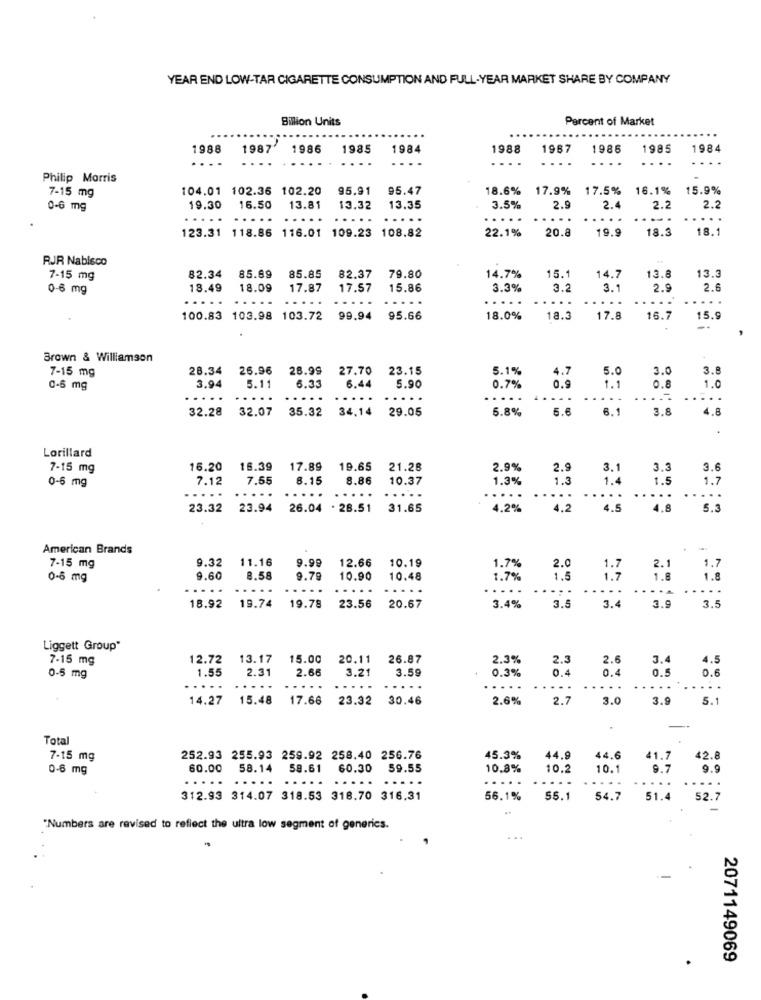
YEAR END LOW-TAR CIGARETTE CONSUMPTION AND FULL-YEAR MARKET SHARE BY COMPANY
Billion Units
Percent of Market
1988
1987'
1986
1985
1984
1988
1967
1986
1985
1984
. .
Philip Morris
104.01 102.36 102.20
95.91
95.47
18.6%
17.9%
17.5% 16.1%
15.9%
7-15 mg
0-6 mg
19.30
16.50
13.81
13.32
13.35
3.5%
2.9
2.
2.2
2.2
...
22.1%
20.8
19.9
18.3
18.1
123.31 118.86 116.01 109.23 108.82
RJR Nabisco
85.89
15.1
13.8
13.3
7-15 mg
82.34
85.85
82.37
79.80
14.7%
14.7
0-6 mg
18.49
18.09
17.87
17.57
15.86
3.3%
3.
3.1
2.9
2.6
....
...
...
...
...
.....
....
.....
100.83 103.98 103.72
99.94
95.66
18.0%
18.3
17.8
16.7
15.9
--
Brown & Williamson
7-15 mg
28.34
26.96
28.99
27.70
23.15
5.1%
4.7
5.0
3.0
3.8
5.11
6.33
0.9
0.8
1.0
0-6 mg
3.94
6.44
5.90
0.7%
1.1
...
..
..
32.28
32.07
35.32
34,14
29.05
5.8%
5.6
6.1
3.8
4.8
Lorillard
7-15 mg
16.20
16.39
17.89
19.65
21.28
2.9%
2.9
3.1
3.3
3.
7.12
7.55
8.15
8.86
10.37
1.3%
1.3
1.4
1.5
1.7
0-5 mg
...
....
.....
....
....
...
23.32
23.94
26.04 . 28.51
31.65
4.2%
4.2
4.5
4.8
5.3
American Brands
9.32
11.16
9.99
12.66
10.19
2.0
1.7
7-15 mg
1.7%
1.7
2.1
0-6 mg
9.60
8.58
9.79
10.90
10.48
1.7%
1,5
1.7
1.8
1.8
..
.....
...
.....
.....
..... .....
.....
.....
19.74
18.92
19.78
23.56
20.67
3.4%
3.5
3.4
3.9
3.5
Liggett Group"
7-15 mg
12.72
13.17
15.00
20.11
26.87
2.3%
2.3
2.6
3.4
4.5
1.55
2.31
2.66
3.21
3.59
0.3%
0.4
0.5
0.6
0.5 mg
....
...
..
14.27
15.48
17.66
23.32
30.46
2.6%
2.7
3.0
3.9
5.1
Total
7-15 mg
252.93 255.93 259.92 258.40 256.76
45.3%
44.9
44.6
41.7
42.8
0-6 mg
60.00
58.14 59.61
60.30 59.55
10.8%
10.2
10.1
9.7
9.9
...
....
...
...
...
...
.....
...
312.93 314.07 318.53 318.70 316.31
56.1%
55.1
54.7
51.4
52.7
"Numbers are revised to reflect the ultra low segment of generics.
...
2071149069